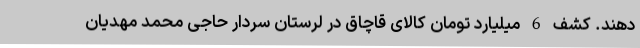
دهند. کشف 6 میلیارد تومان کالای قاچاق در لرستان سردار حاجی محمد مهدیان